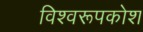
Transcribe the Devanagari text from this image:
विश्वरूपकोश